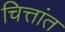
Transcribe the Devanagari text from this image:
चित्तांत